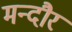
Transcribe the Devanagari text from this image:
मन्दौर